65_HS1-834228961_62-HQ-83894_Section_2
Agency: FBI
Page 102
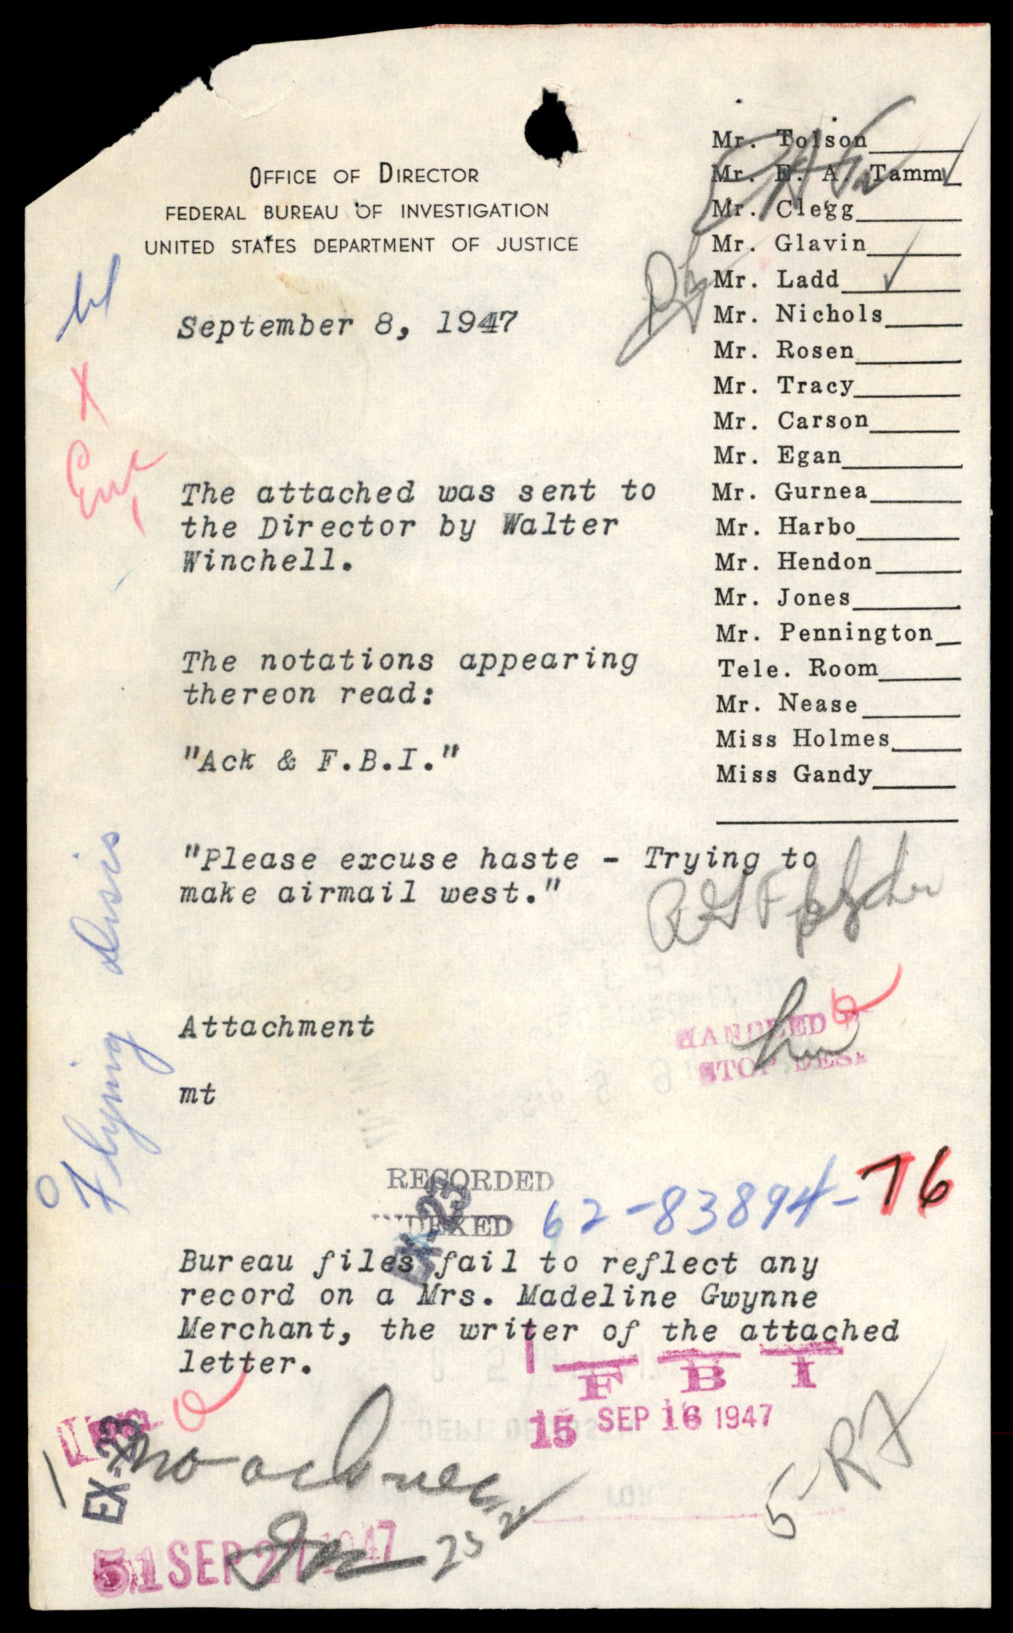